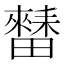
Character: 𱱁